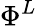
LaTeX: \Phi^{L}